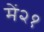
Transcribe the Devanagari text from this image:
में२१